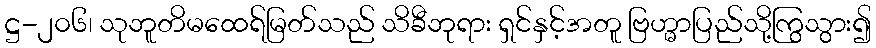
ဋ္ဌ-၂၀၆၊ သုဘူတိမထေရ်မြတ်သည် သိခီဘုရား ရှင်နှင့်အတူ ဗြဟ္မာပြည်သို့ကြွသွား၍